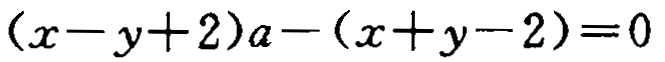
\((x - y + 2)a - (x + y - 2) = 0\)